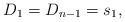
LaTeX: \begin{align*} D_1 = D_{n-1} = s_1,\end{align*}